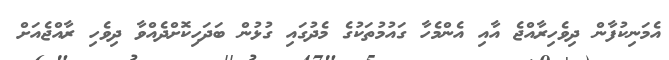
އެމަނިކުފާން ދިވެހިރާއްޖެ އާއި އެންމެހާ ގައުމުތަކުގެ މެދުގައި ގުޅުން ބަދަހިކޮށްދެއްވާ ދިވެހި ރާއްޖެއަށް